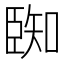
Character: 𮍑